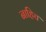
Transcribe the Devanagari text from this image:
नाहिच